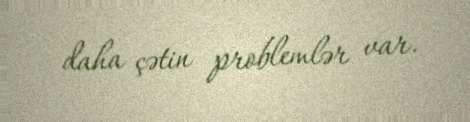
daha çətin problemlər var.